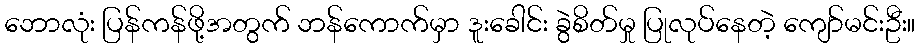
ဘောလုံး ပြန်ကန်ဖို့အတွက် ဘန်ကောက်မှာ ဒူးခေါင်း ခွဲစိတ်မှု ပြုလုပ်နေတဲ့ ကျော်မင်းဦး။